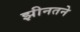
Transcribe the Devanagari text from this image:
झीनतने